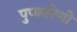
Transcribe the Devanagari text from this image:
पुष्‍करिणी